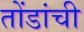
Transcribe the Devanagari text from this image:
तोंडांची